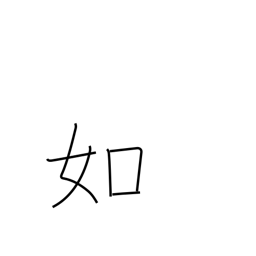
Meaning: likeness